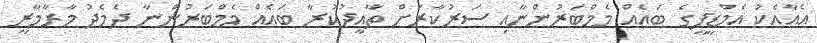
އެއާއެކު އެމްޑީޕީގެ ބައެއް މެމްބަރުންނާއި ސަރުކާރަށް ތާއީދުކުރާ ބައެއް މެމްބަރުންނާ ދެމެދު މާރާމާރީ